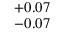
^ { + 0 . 0 7 } _ { - 0 . 0 7 }